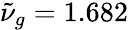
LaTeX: \tilde{\nu}_{g}=1.682